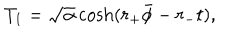
T _ { 1 } = \sqrt { \alpha } \cosh ( r _ { + } \bar { \phi } - r _ { - } t ) ,